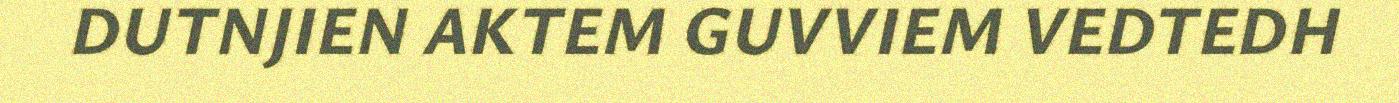
DUTNJIEN AKTEM GUVVIEM VEDTEDH